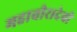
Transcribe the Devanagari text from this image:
महावीरादेवी